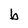
Character: b